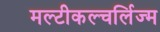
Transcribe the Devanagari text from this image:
मल्टीकल्चर्लिज्म